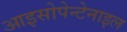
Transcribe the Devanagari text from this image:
आइसोपेन्टेनाइल